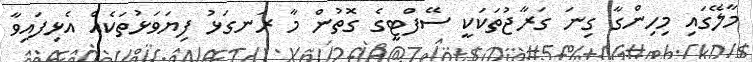
މާލޭގައި މިހިންގާ ގިނަ ގަރާޖުތަކަކީ ސޭފްޓީގެ ގޮތުން މާ ރަނގަޅު ފިޔަވަޅުތަކެއް އެޅިފައިވާ